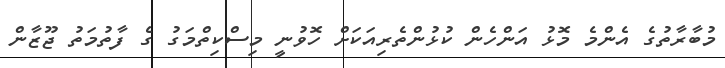
މުބާރާތުގެ އެންމެ މޮޅު އަންހެން ކުޅުންތެރިއަކަށް ހޮވުނީ މިސްކިތްމަގު ގެ ފާތުމަތު ޖޫޒާން